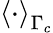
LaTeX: \left<\cdot\right>_{\Gamma_{c}}